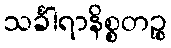
သင်္ခါရာနိစ္စတဉ္စ